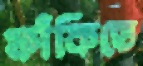
ফাঁকিতে